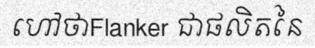
ហៅថាFlanker ជាផលិតនៃ